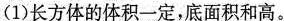
(1)长方体的体积一定，底面积和高。